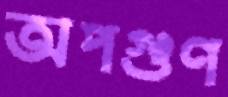
অপগুণ